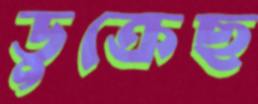
ডুক্‌রেছ